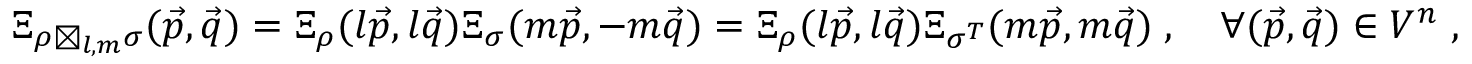
\begin{array} { r } { \Xi _ { \rho \boxtimes _ { l , m } \sigma } ( \vec { p } , \vec { q } ) = \Xi _ { \rho } ( l \vec { p } , l \vec { q } ) \Xi _ { \sigma } ( m \vec { p } , - m \vec { q } ) = \Xi _ { \rho } ( l \vec { p } , l \vec { q } ) \Xi _ { \sigma ^ { T } } ( m \vec { p } , m \vec { q } ) \; , \quad \forall ( \vec { p } , \vec { q } ) \in V ^ { n } \; , } \end{array}